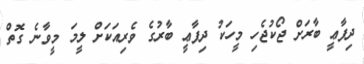
ދިފާޢީ ބާރަށް ޖޯކުޖެހި މީހަކު ދިފާޢީ ބާރުގެ ވެރިއަކަށް ލީމަ މީވާނެ ގޮތް